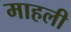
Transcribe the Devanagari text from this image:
माहली